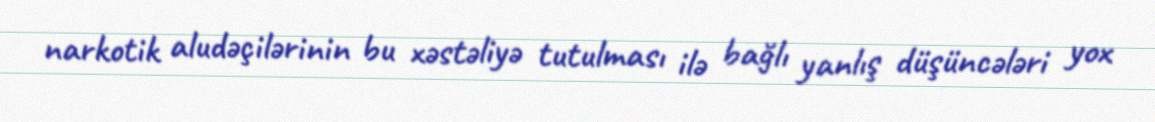
narkotik aludəçilərinin bu xəstəliyə tutulması ilə bağlı yanlış düşüncələri yox